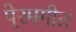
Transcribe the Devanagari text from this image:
पे्रमगीत